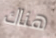
هناك